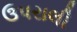
ઉપરાલી